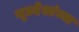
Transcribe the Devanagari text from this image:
भूप्रदेशांच्या